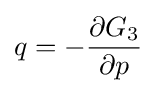
q=-{\frac {\partial G_{3}}{\partial p}}